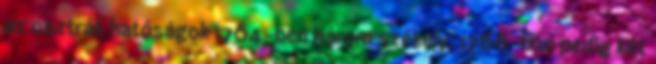
az osztrák hatóságok 1764-ben három székely, 1766-ban pedig két